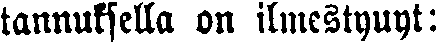
tannuksella on ilmestynyt: